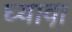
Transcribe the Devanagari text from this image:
घ्यावा़